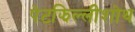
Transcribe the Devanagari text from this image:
पेटझिल्लीशोथ